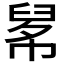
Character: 𦥱